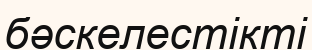
бәскелестікті